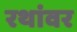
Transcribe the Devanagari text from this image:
रथांवर